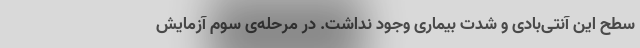
سطح این آنتی‌بادی و شدت بیماری وجود نداشت. در مرحله‌ی سوم آزمایش